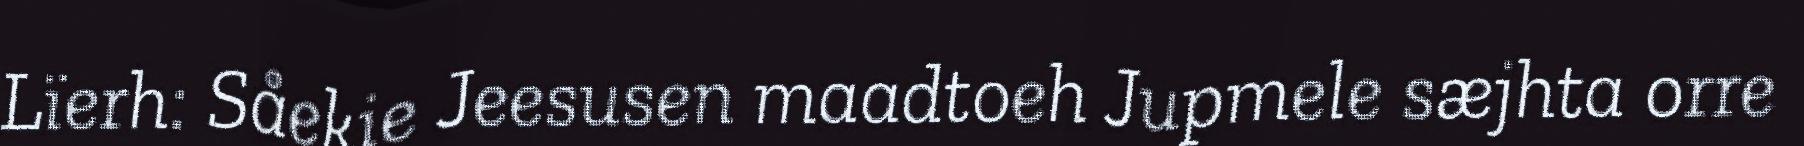
Lïerh: Såekie Jeesusen maadtoeh Jupmele sæjhta orre